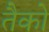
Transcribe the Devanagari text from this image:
तैको